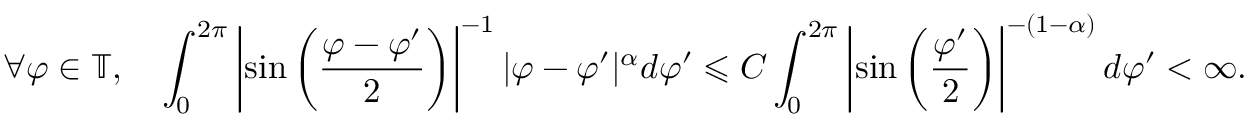
\forall \varphi \in \mathbb { T } , \quad \int _ { 0 } ^ { 2 \pi } \left| \sin \left( \frac { \varphi - \varphi ^ { \prime } } { 2 } \right) \right| ^ { - 1 } | \varphi - \varphi ^ { \prime } | ^ { \alpha } d \varphi ^ { \prime } \leqslant C \int _ { 0 } ^ { 2 \pi } \left| \sin \left( \frac { \varphi ^ { \prime } } { 2 } \right) \right| ^ { - ( 1 - \alpha ) } d \varphi ^ { \prime } < \infty .